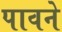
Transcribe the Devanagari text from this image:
पावने